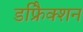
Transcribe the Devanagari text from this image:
डफ्रैिक्शन